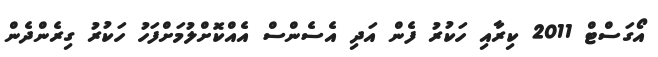
އޯގަސްޓް 2011 ކިރާއި ހަކުރު ފެން އަދި އެސެންސް އެއްކޮށްލުމަށްފަހު ހަކުރު ގިރެންދެން